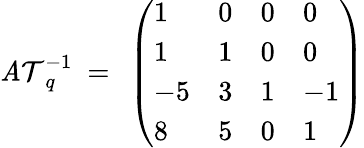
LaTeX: {\cal\mathit{A}T}_{q}^{-1}~=~\left(\begin{array}{llll}{{1}}&{{0}}&{{0}}&{{0}}\\ {{1}}&{{1}}&{{0}}&{{0}}\\ {{-5}}&{{3}}&{{1}}&{{-1}}\\ {{8}}&{{5}}&{{0}}&{{1}}\end{array}\right)